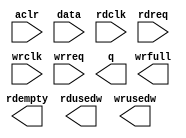
// megafunction wizard: %FIFO%VBB%
// GENERATION: STANDARD
// VERSION: WM1.0
// MODULE: dcfifo_mixed_widths 

// ============================================================
// Megafunction Name(s):
// 			dcfifo_mixed_widths
//
// Simulation Library Files(s):
// 			
// ============================================================
// ************************************************************
// THIS IS A WIZARD-GENERATED FILE. DO NOT EDIT THIS FILE!
//
// 17.1.0 Build 590 10/25/2017 SJ Lite Edition
// ************************************************************

//Copyright (C) 2017  Intel Corporation. All rights reserved.
//Your use of Intel Corporation's design tools, logic functions 
//and other software and tools, and its AMPP partner logic 
//functions, and any output files from any of the foregoing 
//(including device programming or simulation files), and any 
//associated documentation or information are expressly subject 
//to the terms and conditions of the Intel Program License 
//Subscription Agreement, the Intel Quartus Prime License Agreement,
//the Intel FPGA IP License Agreement, or other applicable license
//agreement, including, without limitation, that your use is for
//the sole purpose of programming logic devices manufactured by
//Intel and sold by Intel or its authorized distributors.  Please
//refer to the applicable agreement for further details.

module fifo256x32to64 (
	aclr,
	data,
	rdclk,
	rdreq,
	wrclk,
	wrreq,
	q,
	rdempty,
	rdusedw,
	wrfull,
	wrusedw);

	input	  aclr;
	input	[31:0]  data;
	input	  rdclk;
	input	  rdreq;
	input	  wrclk;
	input	  wrreq;
	output	[63:0]  q;
	output	  rdempty;
	output	[6:0]  rdusedw;
	output	  wrfull;
	output	[7:0]  wrusedw;
`ifndef ALTERA_RESERVED_QIS
// synopsys translate_off
`endif
	tri0	  aclr;
`ifndef ALTERA_RESERVED_QIS
// synopsys translate_on
`endif

endmodule

// ============================================================
// CNX file retrieval info
// ============================================================
// Retrieval info: PRIVATE: AlmostEmpty NUMERIC "0"
// Retrieval info: PRIVATE: AlmostEmptyThr NUMERIC "-1"
// Retrieval info: PRIVATE: AlmostFull NUMERIC "0"
// Retrieval info: PRIVATE: AlmostFullThr NUMERIC "-1"
// Retrieval info: PRIVATE: CLOCKS_ARE_SYNCHRONIZED NUMERIC "0"
// Retrieval info: PRIVATE: Clock NUMERIC "4"
// Retrieval info: PRIVATE: Depth NUMERIC "256"
// Retrieval info: PRIVATE: Empty NUMERIC "1"
// Retrieval info: PRIVATE: Full NUMERIC "1"
// Retrieval info: PRIVATE: INTENDED_DEVICE_FAMILY STRING "MAX 10"
// Retrieval info: PRIVATE: LE_BasedFIFO NUMERIC "0"
// Retrieval info: PRIVATE: LegacyRREQ NUMERIC "1"
// Retrieval info: PRIVATE: MAX_DEPTH_BY_9 NUMERIC "0"
// Retrieval info: PRIVATE: OVERFLOW_CHECKING NUMERIC "0"
// Retrieval info: PRIVATE: Optimize NUMERIC "0"
// Retrieval info: PRIVATE: RAM_BLOCK_TYPE NUMERIC "0"
// Retrieval info: PRIVATE: SYNTH_WRAPPER_GEN_POSTFIX STRING "0"
// Retrieval info: PRIVATE: UNDERFLOW_CHECKING NUMERIC "0"
// Retrieval info: PRIVATE: UsedW NUMERIC "1"
// Retrieval info: PRIVATE: Width NUMERIC "32"
// Retrieval info: PRIVATE: dc_aclr NUMERIC "1"
// Retrieval info: PRIVATE: diff_widths NUMERIC "1"
// Retrieval info: PRIVATE: msb_usedw NUMERIC "0"
// Retrieval info: PRIVATE: output_width NUMERIC "64"
// Retrieval info: PRIVATE: rsEmpty NUMERIC "1"
// Retrieval info: PRIVATE: rsFull NUMERIC "0"
// Retrieval info: PRIVATE: rsUsedW NUMERIC "1"
// Retrieval info: PRIVATE: sc_aclr NUMERIC "0"
// Retrieval info: PRIVATE: sc_sclr NUMERIC "0"
// Retrieval info: PRIVATE: wsEmpty NUMERIC "0"
// Retrieval info: PRIVATE: wsFull NUMERIC "1"
// Retrieval info: PRIVATE: wsUsedW NUMERIC "1"
// Retrieval info: LIBRARY: altera_mf altera_mf.altera_mf_components.all
// Retrieval info: CONSTANT: INTENDED_DEVICE_FAMILY STRING "MAX 10"
// Retrieval info: CONSTANT: LPM_NUMWORDS NUMERIC "256"
// Retrieval info: CONSTANT: LPM_SHOWAHEAD STRING "OFF"
// Retrieval info: CONSTANT: LPM_TYPE STRING "dcfifo_mixed_widths"
// Retrieval info: CONSTANT: LPM_WIDTH NUMERIC "32"
// Retrieval info: CONSTANT: LPM_WIDTHU NUMERIC "8"
// Retrieval info: CONSTANT: LPM_WIDTHU_R NUMERIC "7"
// Retrieval info: CONSTANT: LPM_WIDTH_R NUMERIC "64"
// Retrieval info: CONSTANT: OVERFLOW_CHECKING STRING "ON"
// Retrieval info: CONSTANT: RDSYNC_DELAYPIPE NUMERIC "4"
// Retrieval info: CONSTANT: READ_ACLR_SYNCH STRING "ON"
// Retrieval info: CONSTANT: UNDERFLOW_CHECKING STRING "ON"
// Retrieval info: CONSTANT: USE_EAB STRING "ON"
// Retrieval info: CONSTANT: WRITE_ACLR_SYNCH STRING "ON"
// Retrieval info: CONSTANT: WRSYNC_DELAYPIPE NUMERIC "4"
// Retrieval info: USED_PORT: aclr 0 0 0 0 INPUT GND "aclr"
// Retrieval info: USED_PORT: data 0 0 32 0 INPUT NODEFVAL "data[31..0]"
// Retrieval info: USED_PORT: q 0 0 64 0 OUTPUT NODEFVAL "q[63..0]"
// Retrieval info: USED_PORT: rdclk 0 0 0 0 INPUT NODEFVAL "rdclk"
// Retrieval info: USED_PORT: rdempty 0 0 0 0 OUTPUT NODEFVAL "rdempty"
// Retrieval info: USED_PORT: rdreq 0 0 0 0 INPUT NODEFVAL "rdreq"
// Retrieval info: USED_PORT: rdusedw 0 0 7 0 OUTPUT NODEFVAL "rdusedw[6..0]"
// Retrieval info: USED_PORT: wrclk 0 0 0 0 INPUT NODEFVAL "wrclk"
// Retrieval info: USED_PORT: wrfull 0 0 0 0 OUTPUT NODEFVAL "wrfull"
// Retrieval info: USED_PORT: wrreq 0 0 0 0 INPUT NODEFVAL "wrreq"
// Retrieval info: USED_PORT: wrusedw 0 0 8 0 OUTPUT NODEFVAL "wrusedw[7..0]"
// Retrieval info: CONNECT: @aclr 0 0 0 0 aclr 0 0 0 0
// Retrieval info: CONNECT: @data 0 0 32 0 data 0 0 32 0
// Retrieval info: CONNECT: @rdclk 0 0 0 0 rdclk 0 0 0 0
// Retrieval info: CONNECT: @rdreq 0 0 0 0 rdreq 0 0 0 0
// Retrieval info: CONNECT: @wrclk 0 0 0 0 wrclk 0 0 0 0
// Retrieval info: CONNECT: @wrreq 0 0 0 0 wrreq 0 0 0 0
// Retrieval info: CONNECT: q 0 0 64 0 @q 0 0 64 0
// Retrieval info: CONNECT: rdempty 0 0 0 0 @rdempty 0 0 0 0
// Retrieval info: CONNECT: rdusedw 0 0 7 0 @rdusedw 0 0 7 0
// Retrieval info: CONNECT: wrfull 0 0 0 0 @wrfull 0 0 0 0
// Retrieval info: CONNECT: wrusedw 0 0 8 0 @wrusedw 0 0 8 0
// Retrieval info: GEN_FILE: TYPE_NORMAL fifo256x32to64.v TRUE
// Retrieval info: GEN_FILE: TYPE_NORMAL fifo256x32to64.inc FALSE
// Retrieval info: GEN_FILE: TYPE_NORMAL fifo256x32to64.cmp TRUE
// Retrieval info: GEN_FILE: TYPE_NORMAL fifo256x32to64.bsf FALSE
// Retrieval info: GEN_FILE: TYPE_NORMAL fifo256x32to64_inst.v TRUE
// Retrieval info: GEN_FILE: TYPE_NORMAL fifo256x32to64_bb.v TRUE